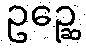
ဥဉ္ဆေ